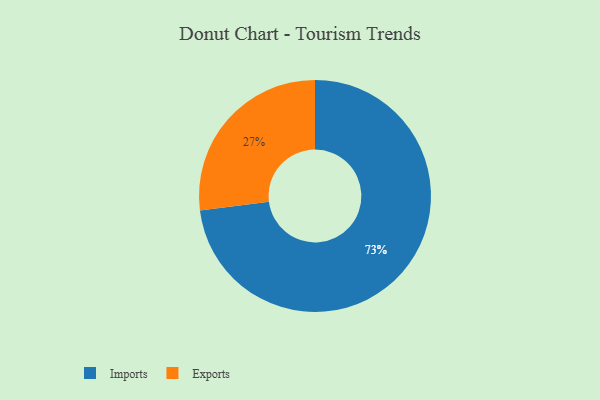
{"axis": {"x": "Category", "y": "Percentage"}, "legend": ["Exports", "Imports"], "data": [{"x": "Imports", "y": 73, "type": "Imports"}, {"x": "Exports", "y": 27, "type": "Exports"}]}